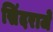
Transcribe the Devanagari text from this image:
सिंदराजे